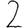
Digit: 2